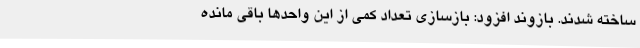
ساخته شدند. بازوند افزود: بازسازی تعداد کمی از این واحدها باقی مانده